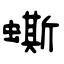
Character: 蟖